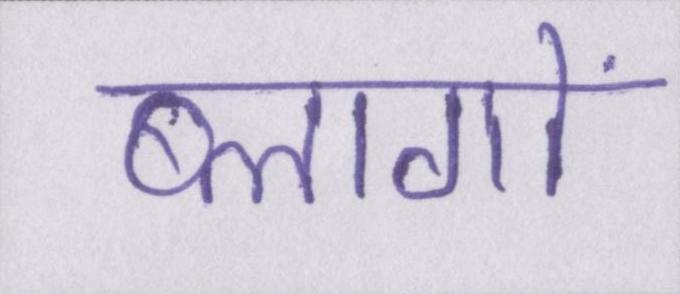
ब्लागों